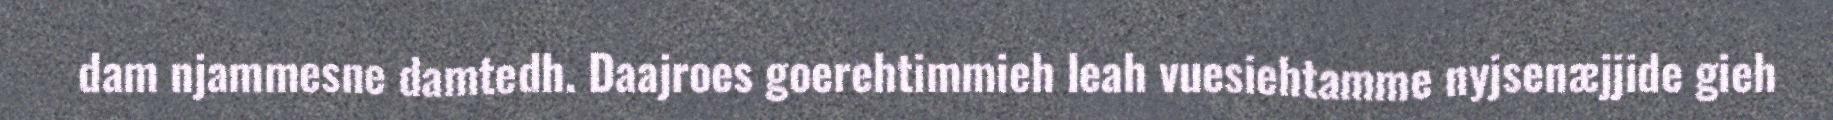
dam njammesne damtedh. Daajroes goerehtimmieh leah vuesiehtamme nyjsenæjjide gieh